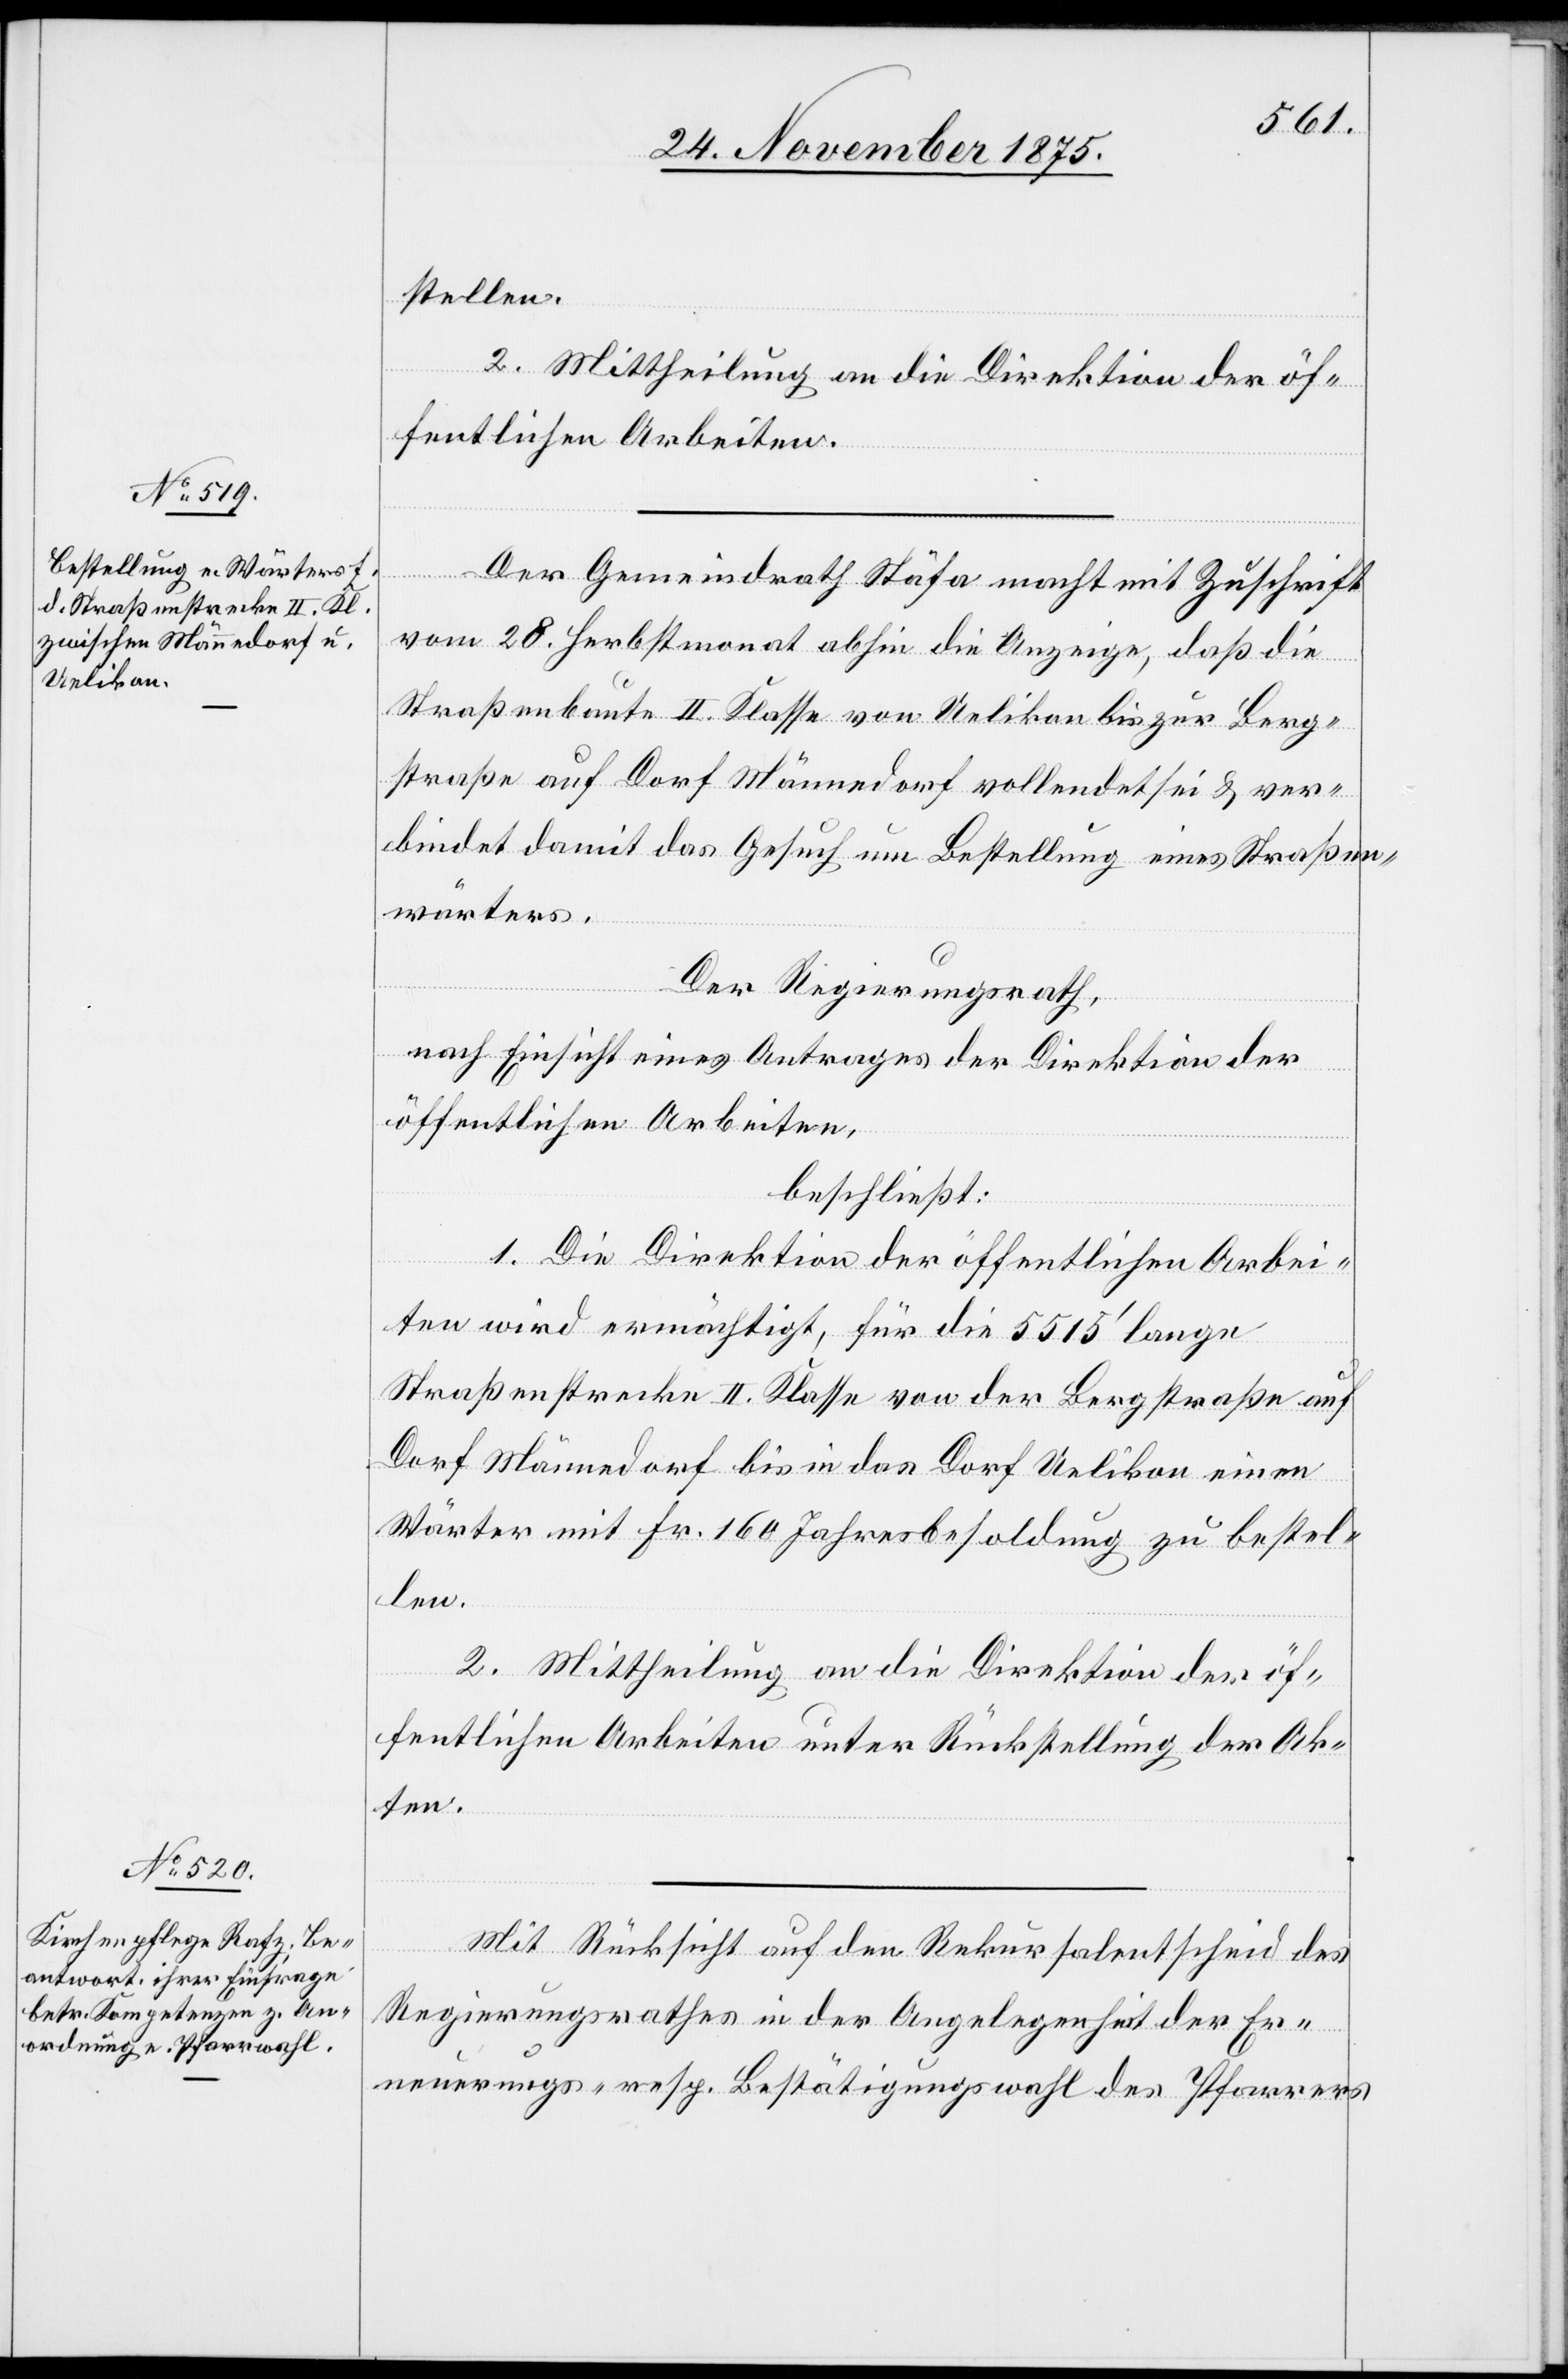
stellen.
2. Mittheilung an die Direktion der öf¬
fentlichen Arbeiten.
Der Gemeindrath Stäfa macht mit Zuschrift
vom 28. Herbstmonat abhin die Anzeige, daß die
Straßenbaute II. Klasse von Uelikon bis zur Berg¬
straße auf Dorf Männedorf vollendet sei & ver¬
bindet damit das Gesuch um Bestellung eines Straßen¬
wärters.
Der Regierungsrath,
nach Einsicht eines Antrages der Direktion der
öffentlichen Arbeiten,
beschließt:
1. Die Direktion der öffentlichen Arbei¬
ten wird ermächtigt, für die 5515‘ lange
Straßenstrecke II. Klasse von der Bergstraße auf
Dorf Männedorf bis in das Dorf Uelikon einen
Wärter mit Fr. 160 Jahresbesoldung zu bestel¬
len.
2. Mittheilung an die Direktion der öf¬
fentlichen Arbeiten unter Rückstellung der Ak¬
ten.
Mit Rücksicht auf den Rekursalentscheid des
Regierungsrathes in der Angelegenheit der Er¬
neuerungs- resp. Bestätigungswahl des Pfarrers